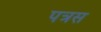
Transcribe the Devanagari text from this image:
पत्रस